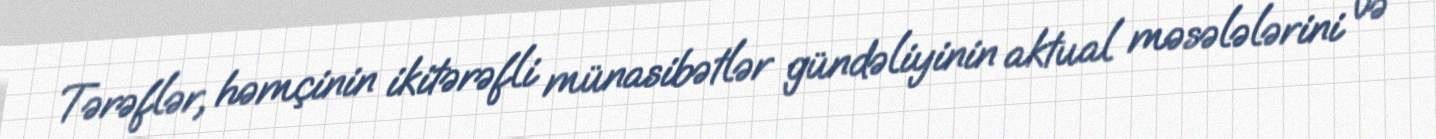
Tərəflər, həmçinin ikitərəfli münasibətlər gündəliyinin aktual məsələlərini və